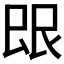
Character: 𬻼